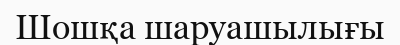
Шошқа шаруашылығы